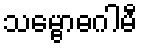
သမ္ဗောဓဂါမီ